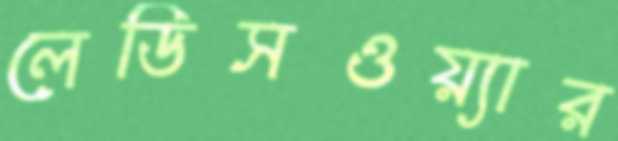
লেডিসওয়্যার